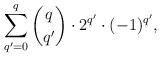
LaTeX: \begin{align*} \sum_{q' = 0}^q \binom{q}{q'}\cdot 2^{q'} \cdot (-1)^{q'},\end{align*}